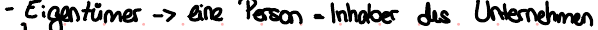
- Eigentümer -> eine Person = Inhaber des Unternehmen